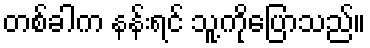
တစ်ခါက နန်းရင် သူ့ကိုပြောသည်။